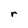
Character: r